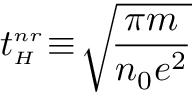
t _ { { \scriptscriptstyle H } } ^ { { \scriptscriptstyle n r } } \! \equiv \! \sqrt { \! \frac { \pi m } { n _ { 0 } e ^ { 2 } } }